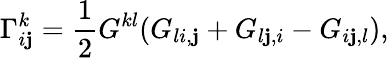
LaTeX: \Gamma_{i\mathbf{j}}^{k}={\frac{{1}}{{2}}}G^{kl}(G_{li,\mathbf{j}}+G_{l\mathbf{j},i}-G_{i\mathbf{j},l}),